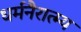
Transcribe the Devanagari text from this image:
धर्मनैरात्म्य